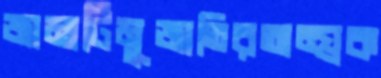
জামাটিমুজাতিরঅন্য্রক